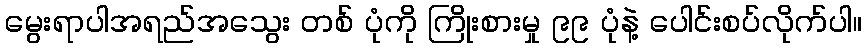
မွေးရာပါအရည်အသွေး တစ် ပုံကို ကြိုးစားမှု ၉၉ ပုံနဲ့ ပေါင်းစပ်လိုက်ပါ။